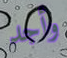
وأجد